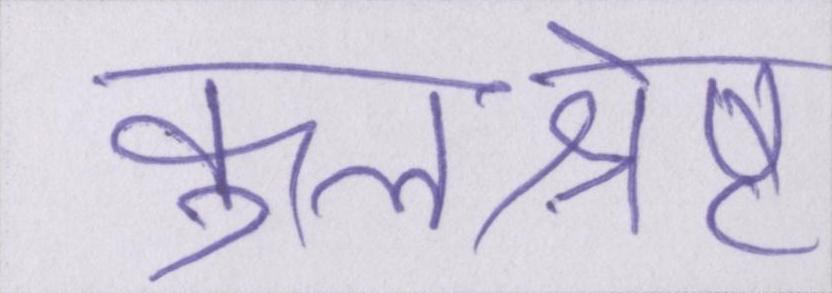
कुलश्रेष्ठ